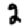
Digit: 2